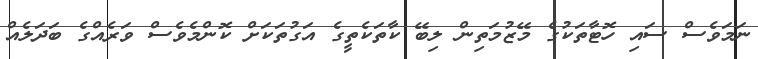
ނަމަވެސް ސައި ހޮޓާތަކުގެ މޭޒުމަތިން ލިބޭ ކާތަކެތީގެ އަގުތަކަށް ކޮންމެވެސް ވަރެއްގެ ބަދަލެއް